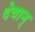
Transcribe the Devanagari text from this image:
देवान्